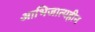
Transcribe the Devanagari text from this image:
आभिजात्यहीन